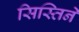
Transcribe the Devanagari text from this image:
सिस्तिने